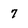
Character: 7